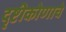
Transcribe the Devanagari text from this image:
दृष्टीकोणाचे